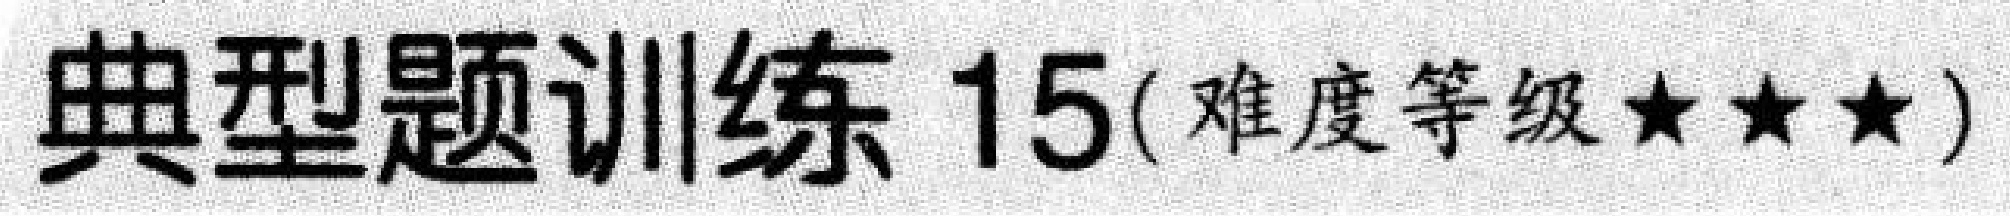
典型题训练 \(15\)(难度等级\(\star\star\star\))